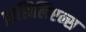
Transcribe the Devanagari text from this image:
ब्रासिलिएन्स